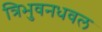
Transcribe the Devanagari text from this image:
त्रिभुवनधवल